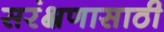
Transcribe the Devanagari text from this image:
सरंक्षणासाठी